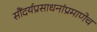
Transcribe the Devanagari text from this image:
सौंदर्यप्रसाधनांप्रमाणेच